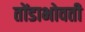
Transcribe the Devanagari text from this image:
तोंडाभोवती